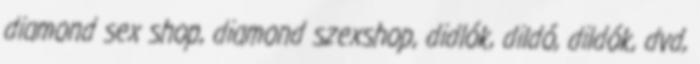
diamond sex shop, diamond szexshop, didlók, dildó, dildók, dvd,